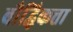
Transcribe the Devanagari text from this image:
बौद्धिकत्ता